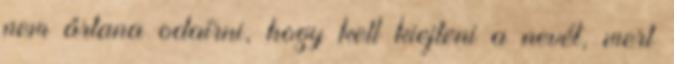
nem ártana odaírni, hogy kell kiejteni a nevét, mert